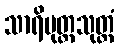
သာရိပုတ္တသုတ္တံ